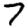
Digit: 7